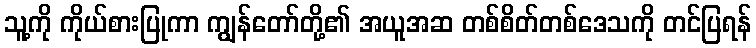
သူ့ကို ကိုယ်စားပြုကာ ကျွန်တော်တို့၏ အယူအဆ တစ်စိတ်တစ်ဒေသကို တင်ပြရန်